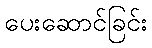
ပေးဆောင်ခြင်း